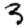
Digit: 3